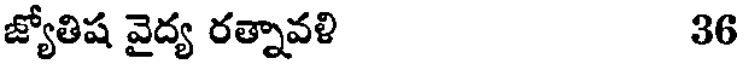
జ్యోతిష వైద్య రత్నావళి 36